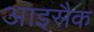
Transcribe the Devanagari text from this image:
आइसैक